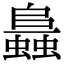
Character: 𧒙